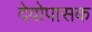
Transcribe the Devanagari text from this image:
देवोपासक